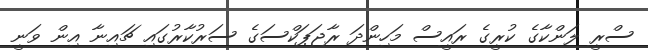
ސްރީ ލަންކާގެ ކުރީގެ ރައީސް މަހިންދަ ރާޖަޕަކްސަގެ ސަރުކާރުގައި ޗައިނާ އިން ވަނީ